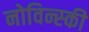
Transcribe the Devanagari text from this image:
नोविन्स्की